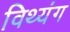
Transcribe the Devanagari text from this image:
विथ्यंग